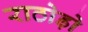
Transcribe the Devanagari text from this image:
राठोड़ो